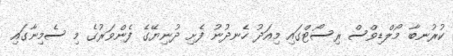
ކުރުނބާ މޯލްޑިވްސް ރިސޯޓްގައި މިއަދު ހެނދުނު ފެށި ދުނިޔޭގެ ފެންވަރުގެ މި ސެމިނާގައި